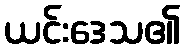
ယင်းဒေသ၏